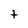
Character: t